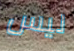
ليس